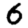
Digit: 6